Scottish Leaving Certificate Examination, 1955
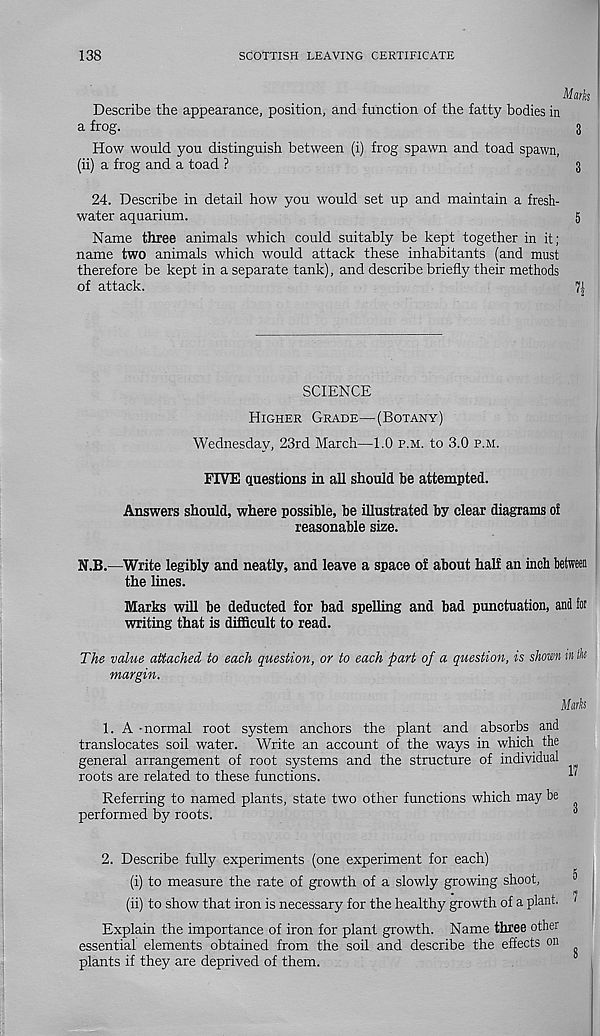
138
SCOTTISH LEAVING CERTIFICATE
Marks
Describe the appearance, position, and function of the fatty bodies in
a frog.
3
How would you distinguish between (i) frog spawn and toad spawn,
(ii) a frog and a toad ?
3
24. Describe in detail how you would set up and maintain a fresh-
water aquarium.
5
Name three animals which could suitably be kept together in it;
name two animals which would attack these inhabitants (and must
therefore be kept in a separate tank), and describe briefly their methods
of attack.
71
SCIENCE
Higher Grade—(Botany)
Wednesday, 23rd March—1.0 p.m. to 3.0 p.m.
FIVE questions in all should be attempted.
Answers should, where possible, be illustrated by clear diagrams oi
reasonable size.
N.B.—Write legibly and neatly, and leave a space of about half an inch between
the lines.
Marks will be deducted for bad spelling and bad punctuation, and tor
writing that is difficult to read.
The value attached to each question, or to each part of a question, is shown in Ik
margin.
1. A -normal root system anchors the plant and absorbs and
translocates soil water. Write an account of the ways in which the
general arrangement of root systems and the structure of individual
roots are related to these functions.
Referring to named plants, state two other functions which may be
performed by roots.
"
2. Describe fully experiments (one experiment for each)
(i) to measure the rate of growth of a slowly growing shoot,
(ii) to show that iron is necessary for the healthy growth of a plant. 1
Explain the importance of iron for plant growth. Name three other
essential elements obtained from the soil and describe the effects on
plants if they are deprived of them.